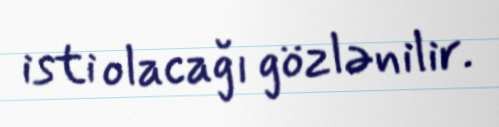
isti olacağı gözlənilir.